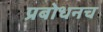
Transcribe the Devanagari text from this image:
प्रबोधनच